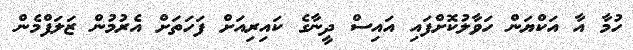
ހުމާ އާ އަކްޔަން ހަވާލުކޮށްފައި އައިސް ދީނާގެ ކައިރިއަށް ފަހަތަށް އެރުމުން ޒަލަފްމެން